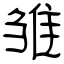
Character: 雏